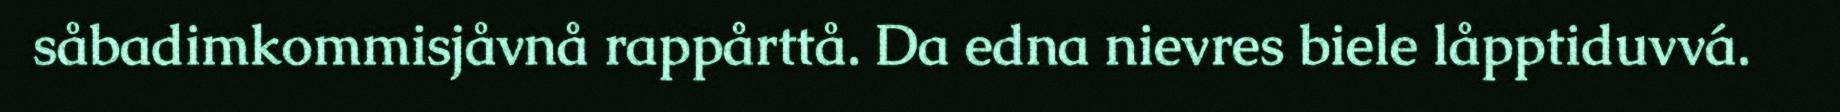
såbadimkommisjåvnå rappårttå. Da edna nievres biele låpptiduvvá.